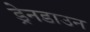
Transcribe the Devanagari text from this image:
ड्रेनडाउन